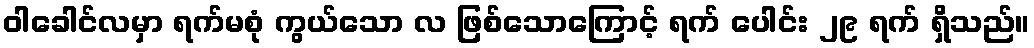
ဝါခေါင်လမှာ ရက်မစုံ ကွယ်သော လ ဖြစ်သောကြောင့် ရက် ပေါင်း ၂၉ ရက် ရှိသည်။